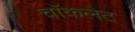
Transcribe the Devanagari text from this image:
चाॅकलेट